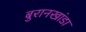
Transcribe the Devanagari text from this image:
बुरानखांडा